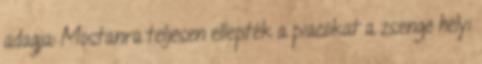
adagja: Mostanra teljesen ellepték a piacokat a zsenge helyi